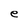
Character: e